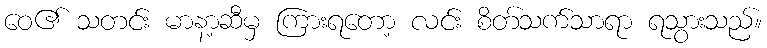
ဝေ၏ သတင်း မာနာ့ဆီမှ ကြားရတော့ လင်း စိတ်သက်သာရာ ရသွားသည်။